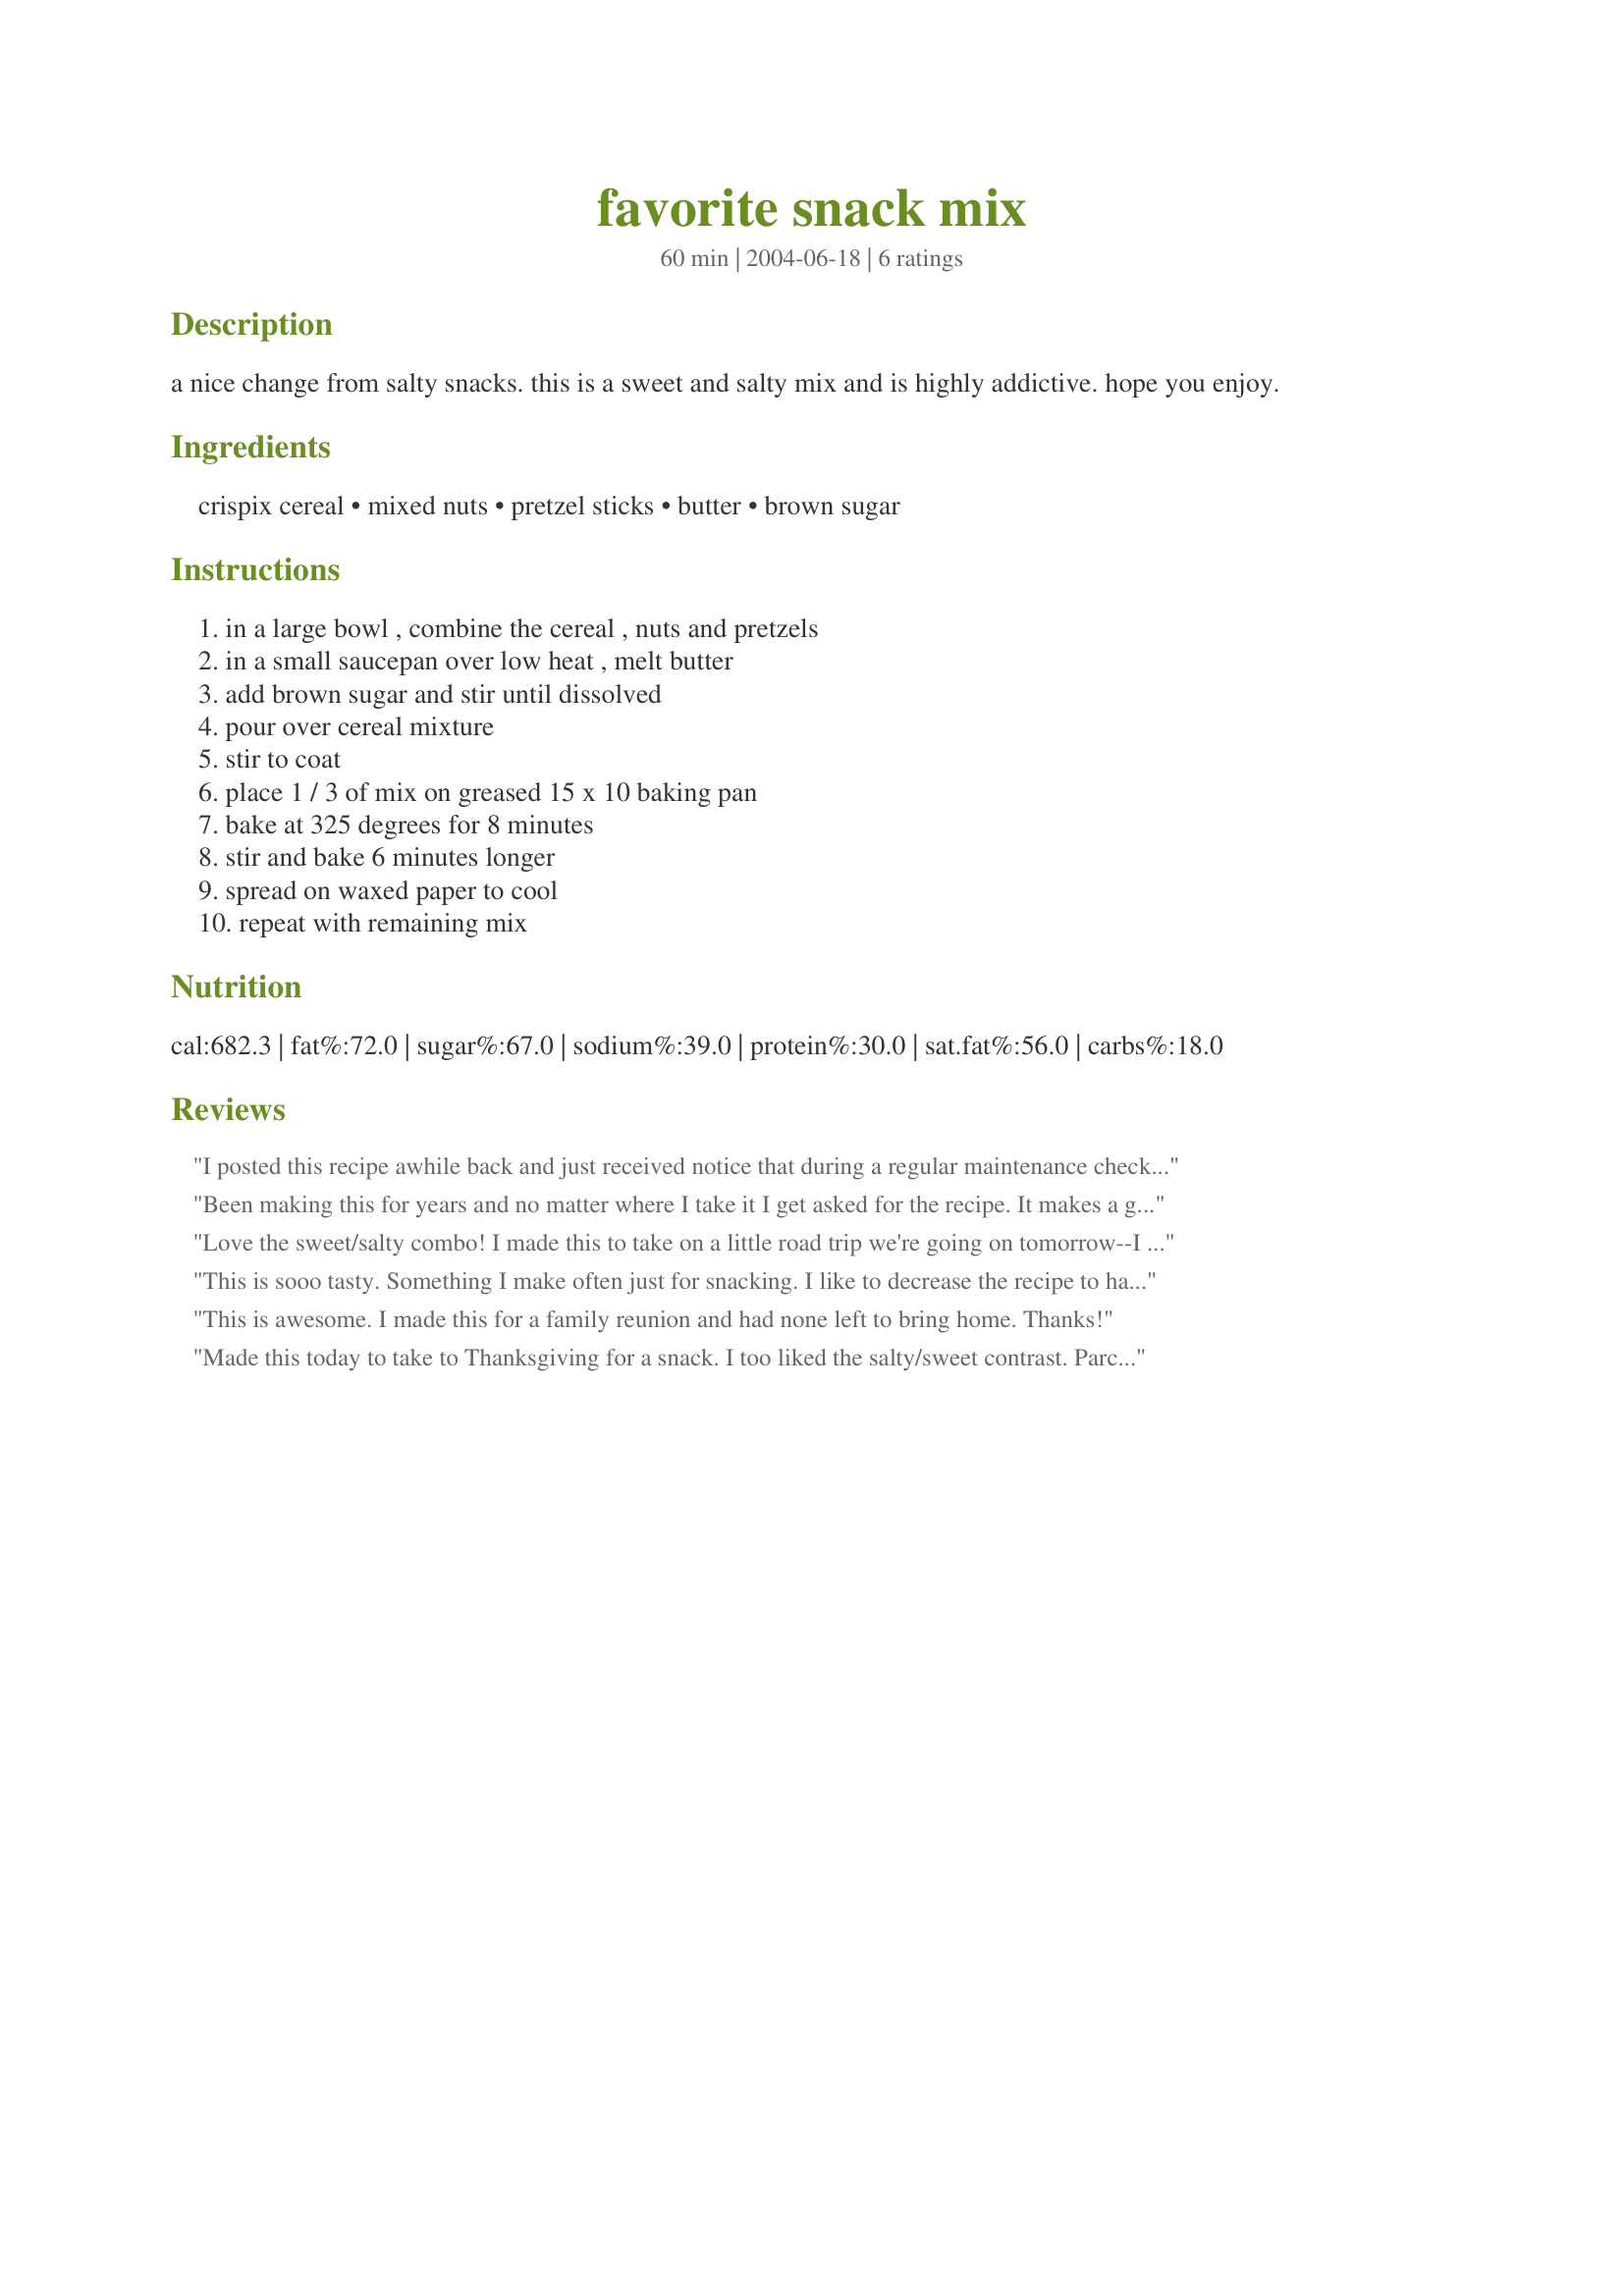
favorite snack mix
Preparation time: 60 minutes

a nice change from salty snacks. this is a sweet and salty mix and is highly addictive. hope you enjoy.

Ingredients:
crispix cereal, mixed nuts, pretzel sticks, butter, brown sugar

Steps:
in a large bowl , combine the cereal , nuts and pretzels, in a small saucepan over low heat , melt butter, add brown sugar and stir until dissolved, pour over cereal mixture, stir to coat, place 1 / 3 of mix on greased 15 x 10 baking pan, bake at 325 degrees for 8 minutes, stir and bake 6 minutes longer, spread on waxed paper to cool, repeat with remaining mix

Reviews:
I posted this recipe awhile back and just received notice that during a regular maintenance check my post was removed because it was a duplicate. This is my favorite snack mix.
Been making this for years and no matter where I take it I get asked for the recipe. It makes a great gift. I use only Cashews for the nuts because my family does not care for all the nuts in mixed nuts. So any type of nuts work. I use extra Crispix or pretzels and it always turns out. Easy recipe for the new cook.
Love the sweet/salty combo! I made this to take on a little road trip we're going on tomorrow--I hope there is still some left when we leave. ;) I baked this on parchment paper, then just slid it off onto a wire rack to cool. No mess. Thanks for posting the recipe!
This is sooo tasty. Something I make often just for snacking. I like to decrease the recipe to half or 2/3rds because it makes SO much, and there's only 3 of us to eat it. I usually use a ratio that's more cereal, less pretzels. I also like to add craisins when it comes out of the oven.<br/>I do find that the posted oven time is too long- my first batch tasted a bit burnt and I even took it out early.
This is awesome. I made this for a family reunion and had none left to bring home. Thanks!
Made this today to take to Thanksgiving for a snack. I too liked the salty/sweet contrast. Parchment paper is the only way to go.
